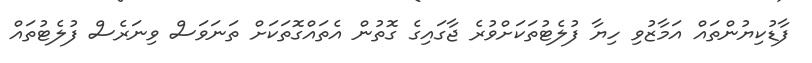
ފާޑުކިޔުންތައް އަމާޒުވި ހިޔާ ފުލެޓުތަކަށްވުރެ ޖާގައިގެ ގޮތުން އެތައްގޮތަކަށް ތަނަވަސް ވިނަރެސް ފުލެޓުތައް